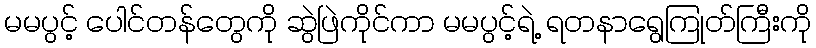
မမပွင့် ပေါင်တန်တွေကို ဆွဲဖြဲကိုင်ကာ မမပွင့်ရဲ့ ရတနာရွေကြုတ်ကြီးကို